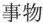
事物